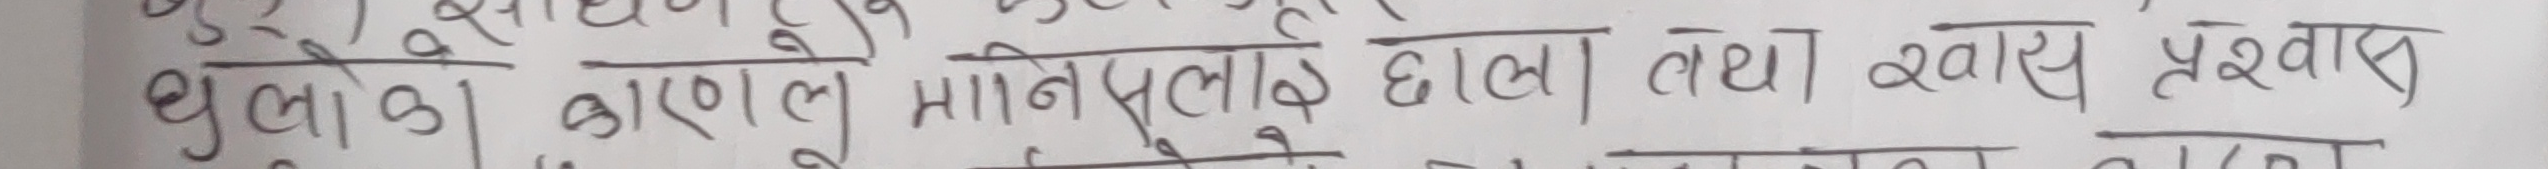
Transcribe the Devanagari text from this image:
धुबोको कारणले मानेपछाडि हाला तथा श्वास प्रश्वास